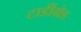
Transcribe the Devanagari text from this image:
टार्डीग्रेड